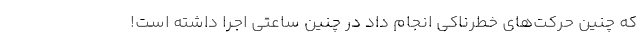
که چنین حرکت‌های خطرناکی انجام داد در چنین ساعتی اجرا داشته است!